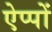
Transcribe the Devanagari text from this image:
ऐप्पों